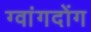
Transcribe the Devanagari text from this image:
ग्वांगदोंग